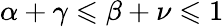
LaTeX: \alpha+\gamma\leqslant\beta+\nu\leqslant 1